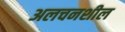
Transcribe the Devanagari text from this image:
अलचनशील